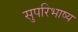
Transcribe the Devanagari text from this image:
सुपरिभाष्य